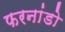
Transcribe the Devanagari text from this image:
फरनांडो